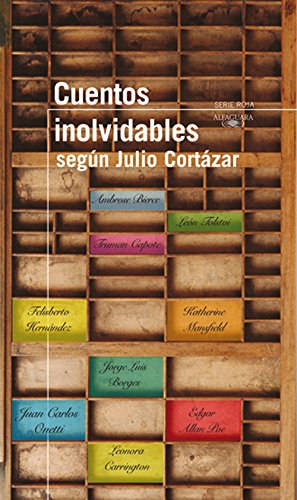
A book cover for Cuentos inolvidables segÃºn CortÃ¡zar/ Memorable Short Stories: A Selection by Julio CortÃ¡zar (Serie Roja Anthologies) (Spanish Edition); Various Authors; Teen & Young Adult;